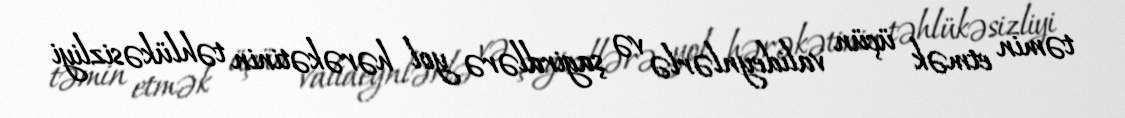
təmin etmək üçün valideynlərlə və şagirdlərə yol hərəkətinin təhlükəsizliyi